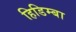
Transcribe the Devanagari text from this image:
हिडिम्‍बा